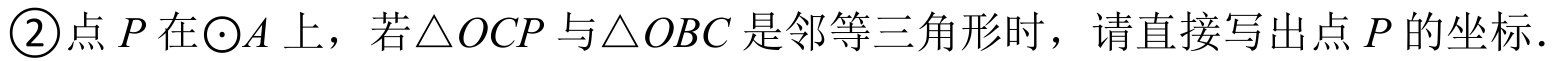
\textcircled{2}点$P$在$\odot A$上，若$\triangle OCP$与$\triangle OBC$是邻等三角形时，请直接写出点$P$的坐标．